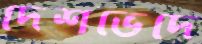
দেশভেদে